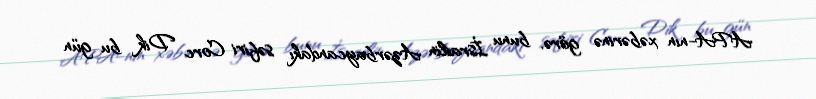
APA-nın xəbərinə görə, bunu İsrailin Azərbaycandakı səfiri Corc Dik bu gün